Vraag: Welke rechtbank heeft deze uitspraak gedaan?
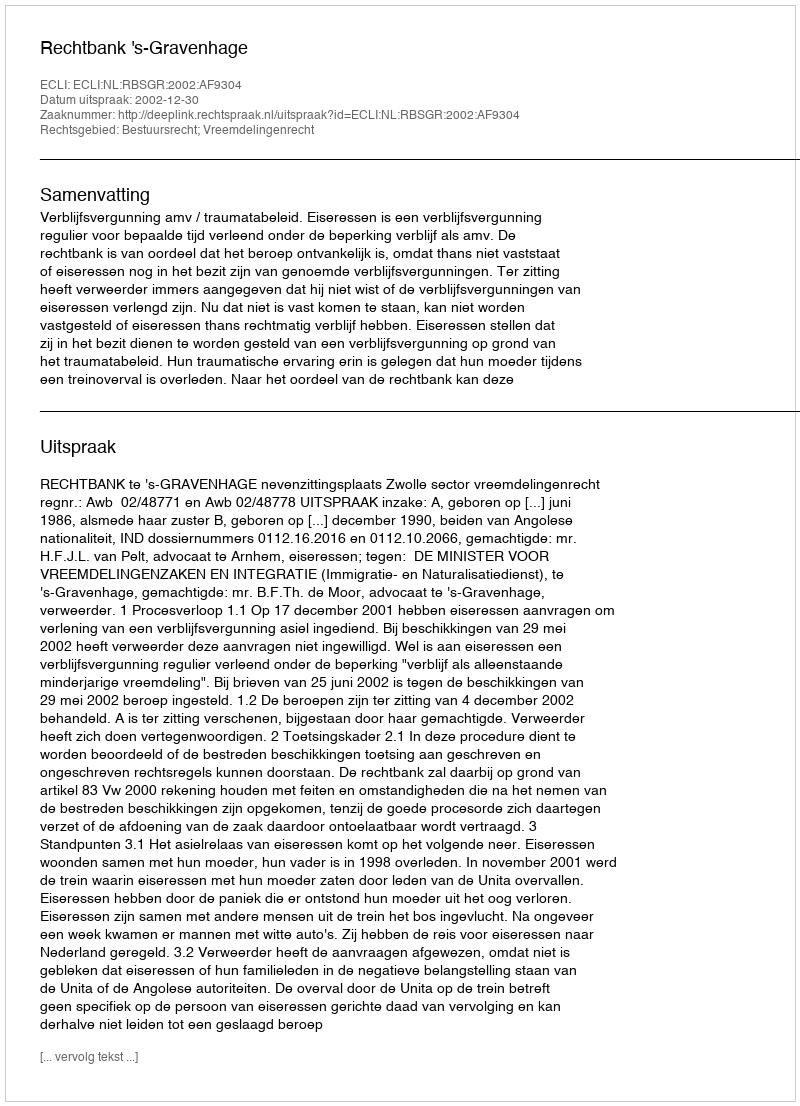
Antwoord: Rechtbank 's-Gravenhage